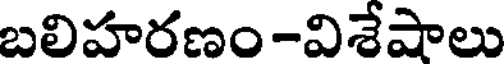
బలిహరణం-విశేషాలు